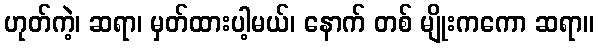
ဟုတ်ကဲ့၊ ဆရာ၊ မှတ်ထားပါ့မယ်၊ နောက် တစ် မျိုးကကော ဆရာ။